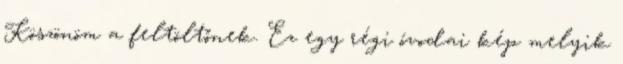
Köszönöm a feltöltőnek. Ez egy régi óvodai kép melyik